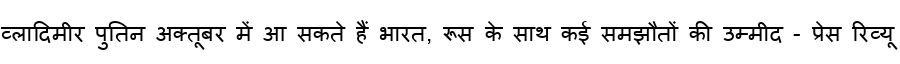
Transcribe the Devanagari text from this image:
व्लादिमीर पुतिन अक्तूबर में आ सकते हैं भारत, रूस के साथ कई समझौतों की उम्मीद - प्रेस रिव्यू